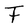
Character: T